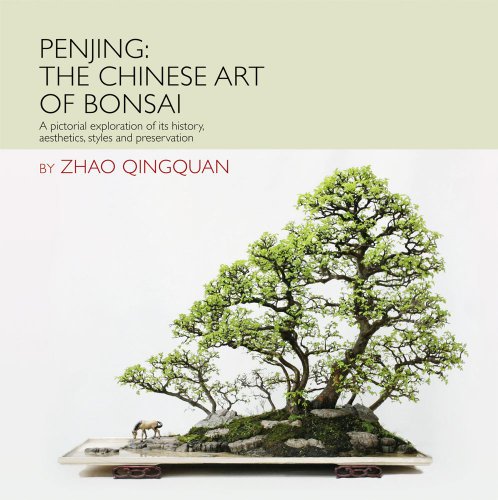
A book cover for Penjing: The Chinese Art of Bonsai: A Pictorial Exploration of Its History, Aesthetics, Styles and Preservation; Zhao Qingquan; Crafts, Hobbies & Home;